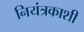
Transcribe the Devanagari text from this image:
नियंत्रकाशी